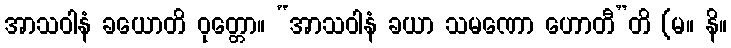
အာသဝါနံ ခယောတိ ဝုတ္တော။ “အာသဝါနံ ခယာ သမဏော ဟောတီ”တိ (မ။ နိ။